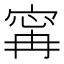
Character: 𡩋